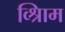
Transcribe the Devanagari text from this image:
व्श्रिाम